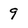
Character: 9